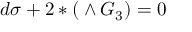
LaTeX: d \sigma + 2 * ( \O \wedge G _ { 3 } ) = 0